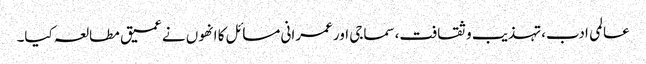
عالمی ادب،تہذیب و ثقافت،سماجی اور عمرانی مسائل کا انھوں نے عمیق مطالعہ کیا۔